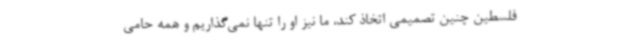
فلسطین چنین تصمیمی اتخاذ کند، ما نیز او را تنها نمی‌گذاریم و همه حامی